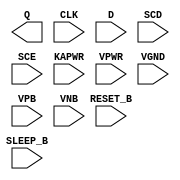
/**
 * Copyright 2020 The SkyWater PDK Authors
 *
 * Licensed under the Apache License, Version 2.0 (the "License");
 * you may not use this file except in compliance with the License.
 * You may obtain a copy of the License at
 *
 *     https://www.apache.org/licenses/LICENSE-2.0
 *
 * Unless required by applicable law or agreed to in writing, software
 * distributed under the License is distributed on an "AS IS" BASIS,
 * WITHOUT WARRANTIES OR CONDITIONS OF ANY KIND, either express or implied.
 * See the License for the specific language governing permissions and
 * limitations under the License.
 *
 * SPDX-License-Identifier: Apache-2.0
 */

`ifndef SKY130_FD_SC_LP__SRSDFRTP_PP_BLACKBOX_V
`define SKY130_FD_SC_LP__SRSDFRTP_PP_BLACKBOX_V

/**
 * srsdfrtp: Scan flop with sleep mode, inverted reset, non-inverted
 *           clock, single output.
 *
 * Verilog stub definition (black box with power pins).
 *
 * WARNING: This file is autogenerated, do not modify directly!
 */

`timescale 1ns / 1ps
`default_nettype none

(* blackbox *)
module sky130_fd_sc_lp__srsdfrtp (
    Q      ,
    CLK    ,
    D      ,
    SCD    ,
    SCE    ,
    RESET_B,
    SLEEP_B,
    KAPWR  ,
    VPWR   ,
    VGND   ,
    VPB    ,
    VNB
);

    output Q      ;
    input  CLK    ;
    input  D      ;
    input  SCD    ;
    input  SCE    ;
    input  RESET_B;
    input  SLEEP_B;
    input  KAPWR  ;
    input  VPWR   ;
    input  VGND   ;
    input  VPB    ;
    input  VNB    ;
endmodule

`default_nettype wire
`endif  // SKY130_FD_SC_LP__SRSDFRTP_PP_BLACKBOX_V